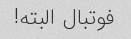
فوتبال البته!